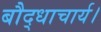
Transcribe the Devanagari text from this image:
बौद्धाचार्य।